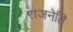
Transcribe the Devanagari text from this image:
राजनेति